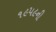
૧૯૫૯ની